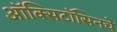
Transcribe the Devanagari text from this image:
ऑक्सिटॉसिनचे